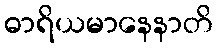
ဓာရိယမာနေနာတိ